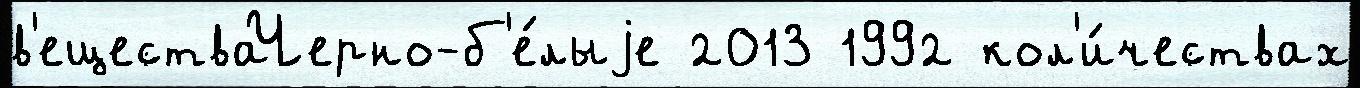
в'еществаЧерно-б'е́лыjе 2013 1992 кол'и́чествах